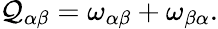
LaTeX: \mathcal{Q}_{\alpha\beta}=\omega_{\alpha\beta}+\omega_{\beta\alpha}.